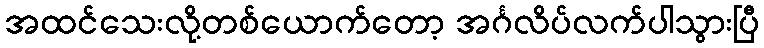
အထင်သေးလို့တစ်ယောက်တော့ အင်္ဂလိပ်လက်ပါသွားပြီ